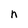
Character: n